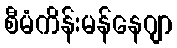
စီမံကိန်းမန်နေဂျာ